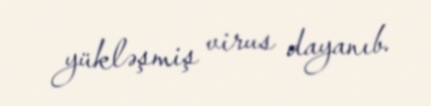
yükləşmiş virus dayanıb.